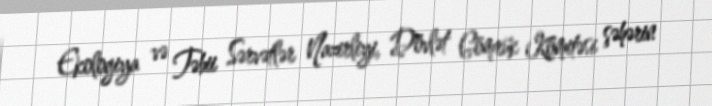
Ekologiya və Təbii Sərvətlər Nazirliyi, Dövlət Gömrük Komitəsi şəhərin